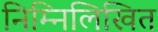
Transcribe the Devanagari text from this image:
निम्‍निलिखित